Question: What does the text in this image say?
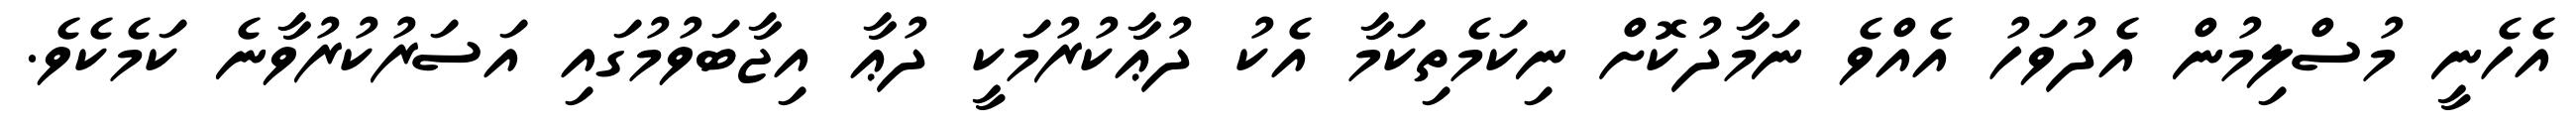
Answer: އެހެނީ މުސްލިމުން އެދުވަހު އެއްވެ ނަމާދުކޮށް ނިކަމެތިކަމާ އެކު ދުޢާކުރުމަކީ ދުޢާ އިޖާބަވުމުގައި އަސަރުކުރުވާނެ ކަމެކެވެ.